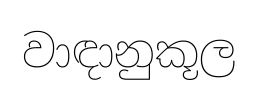
වාඳානුකූල